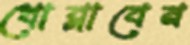
খোব্‌লাবেন